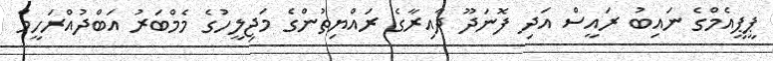
ޕީޕީއެމްގެ ނައިބު ރައީސް އަދި ފޮނަދޫ ދާއިރާގެ ރައްޔިތުންގެ މަޖިލީހުގެ މެމްބަރު އަބްދުއްރަހީމް